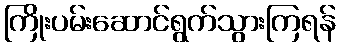
ကြိုးပမ်းဆောင်ရွက်သွားကြရန်